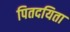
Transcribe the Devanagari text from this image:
पितदयिता